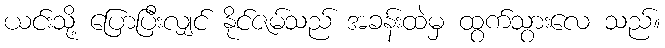
ယင်းသို့ ပြောပြီးလျှင် နိုင်ဇမ်သည် အခန်းထဲမှ ထွက်သွားလေ သည်။